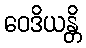
ဝေဒိယန္တိ